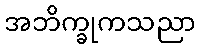
အဘိက္ခုကသညာ